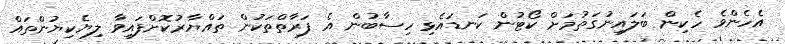
އެހެންވެ ހެކިން ބަލައިނުގަތުމަށް ކޯޓުން ކަނޑައެޅި ހިސާބުން އެ ފަރާތްތަކުން ތައްޔާރުކޮށްފައިވާ ލިޔެކިޔުންތައް